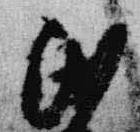
民